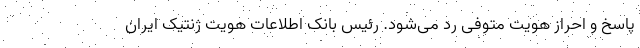
پاسخ و احراز هویت متوفی رد می‌شود. رئیس بانک اطلاعات هویت ژنتیک ایران